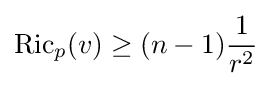
\operatorname {Ric} _{p}(v)\geq (n-1){\frac {1}{r^{2}}}